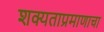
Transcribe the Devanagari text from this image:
शक्यताप्रमाणाचा